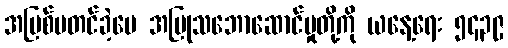
အပြစ်မတင်ခဲ့ပေ အပြုသဘောဆောင်မှုတို့ကို ယနေ့ရေး ၅၄၃၉